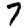
Digit: 7